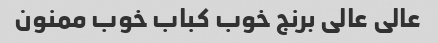
عالی عالی برنج خوب کباب خوب ممنون